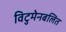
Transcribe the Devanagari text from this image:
विटुमेनबलित